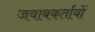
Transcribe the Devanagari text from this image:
जवाबकर्तायों